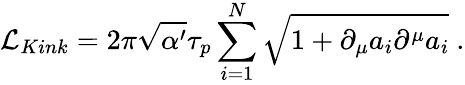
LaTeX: {\cal L}_{Kink}=2\pi\sqrt{\alpha^{\prime}}\tau_{p}\sum_{i=1}^{N}\sqrt{1+\partial_{\mu}a_{i}\partial^{\mu}a_{i}}\ .